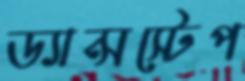
ড্যান্সস্টেপ